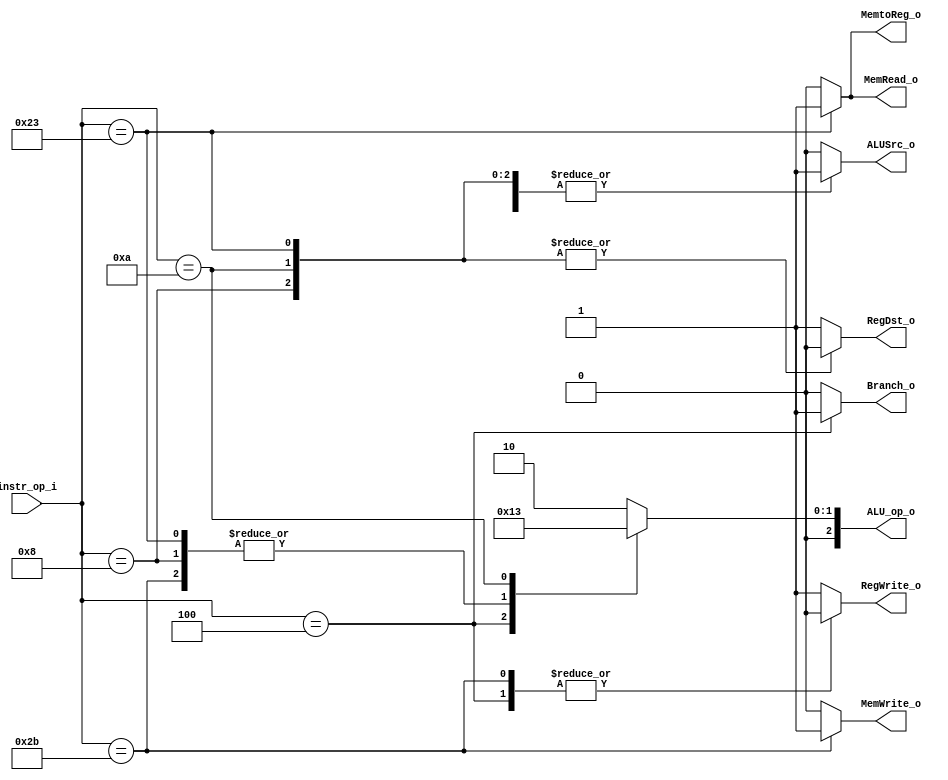
//Subject:     Architecture project 2 - Decoder
//--------------------------------------------------------------------------------
//Version:     1
//--------------------------------------------------------------------------------
//Writer:      Zhang Linghao
//----------------------------------------------
//----------------------------------------------
//Description: 
//--------------------------------------------------------------------------------

module Decoder(
    instr_op_i,
	RegWrite_o,
	ALU_op_o,
	ALUSrc_o,
	RegDst_o,
	Branch_o,
    MemRead_o,
    MemtoReg_o,
    MemWrite_o,
	);
     
// I/O ports
input  [6-1:0] instr_op_i;

output         RegWrite_o;
output [3-1:0] ALU_op_o;
output         ALUSrc_o;
output         RegDst_o;
output         Branch_o;
output         MemRead_o;
output         MemtoReg_o;
output         MemWrite_o;

// Internal Signals
reg         RegWrite_o;
reg [3-1:0] ALU_op_o;
reg         ALUSrc_o;
reg         RegDst_o;
reg         Branch_o;
reg         MemRead_o;
reg         MemtoReg_o;
reg         MemWrite_o;

// Parameter

// Main function
always @(instr_op_i) begin
    ALU_op_o = 3'b010;
    ALUSrc_o = 1'b0;
    Branch_o = 1'b0;
    MemRead_o = 1'b0;
    MemtoReg_o = 1'b0;
    MemWrite_o = 1'b0;
    RegDst_o = 1'b1;
    RegWrite_o = 1'b1;

    case (instr_op_i)
        // lw
        6'b100011: begin
            ALU_op_o = 3'b000;
            ALUSrc_o = 1'b1;
            MemRead_o = 1'b1;
            MemtoReg_o = 1'b1;
            RegDst_o = 1'b0;    
        end
        // sw
        6'b101011: begin
            ALU_op_o = 3'b000;
            ALUSrc_o = 1'b1;
            MemWrite_o = 1'b1;
            RegWrite_o = 1'b0;
        end
        // beq
        6'b000100: begin
            ALU_op_o = 3'b001;
            Branch_o = 1'b1;
            RegWrite_o = 1'b0;
        end
        // addi
        6'b001000: begin
            ALU_op_o = 3'b000;
            ALUSrc_o = 1'b1;
            RegDst_o = 1'b0;
        end
        // slti
        6'b001010: begin
            ALU_op_o = 3'b011;
            ALUSrc_o = 1'b1;
            RegDst_o = 1'b0;
        end
    endcase
end

endmodule